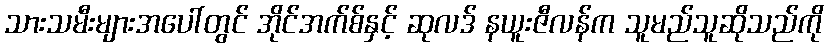
သားသမီးများအပေါ်တွင် အိုင်အက်စ်နှင့် ဆုလဒ် နယူးဇီလန်က သူမည်သူဆိုသည်ကို